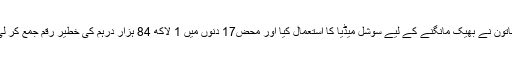
خاتون نے بھیک مانگنے کے لیے سوشل میڈیا کا استعمال کیا اور محض17 دِنوں میں 1 لاکھ 84 ہزار درہم کی خطیر رقم جمع کر لی۔